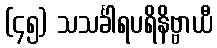
(၄၅) သသင်္ခါရပရိနိဗ္ဗာယီ